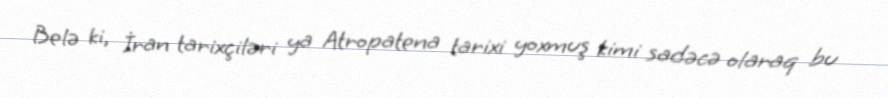
Belə ki, İran tarixçiləri ya Atropatena tarixi yoxmuş kimi sadəcə olaraq bu